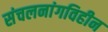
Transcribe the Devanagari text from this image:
संचलनांगविहीन